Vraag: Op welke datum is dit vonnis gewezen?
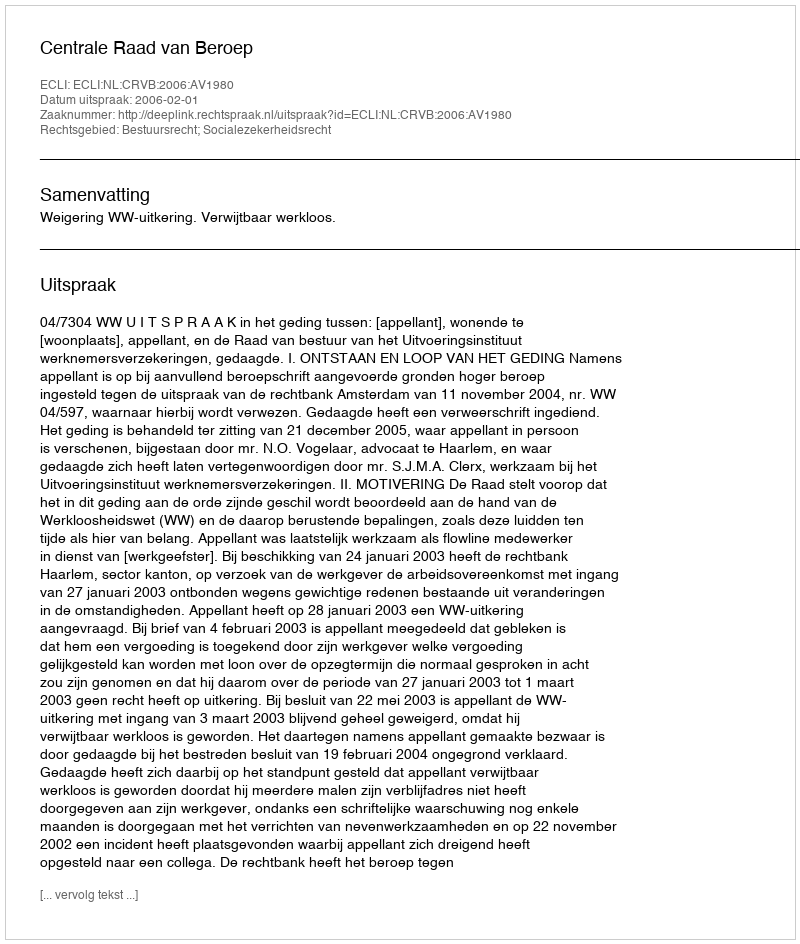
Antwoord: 2006-02-01